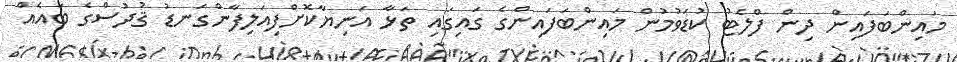
މައިންބަފައިން ދިން ފްލެޓު ކުޑަވުމުން މައިންބަފައިންގެ ގައިގައި ތަޅާ އަނިޔާކޮށްފިއަލިފާންގަނޑު ޤުދުސްގެ ބައެއް